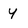
Character: Y